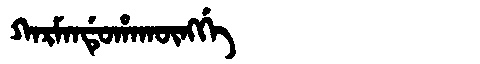
Manchu: ᡴᠠᡵᠮᠠᠨᡩᡠᡥᠠᡴᡡᠩᡤᡝ
Romanization: KARMANDUHAKŪNGGE